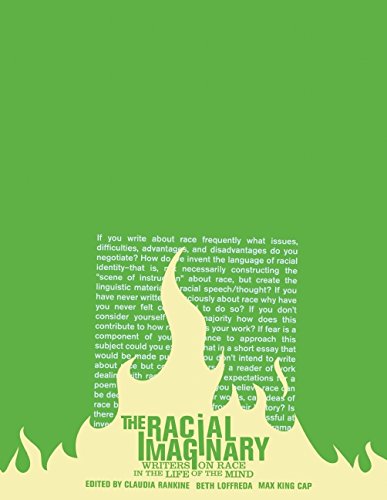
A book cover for The Racial Imaginary: Writers on Race in the Life of the Mind; Literature & Fiction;